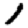
Digit: 1